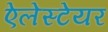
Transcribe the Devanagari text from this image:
ऐलेस्टेयर